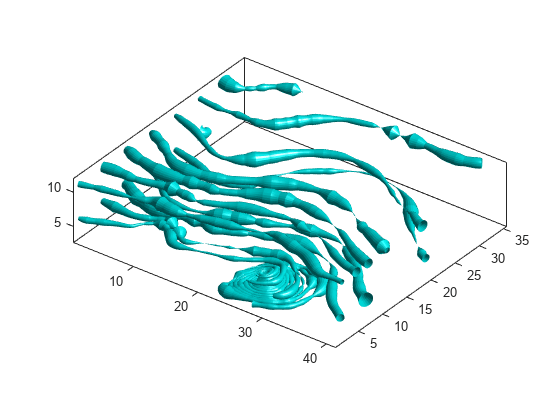
matlab, meshgrid, streamtube